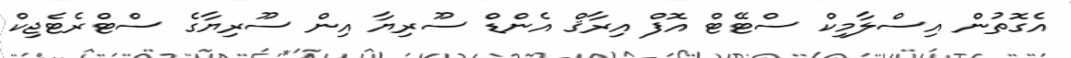
އެގޮތުން އިސްލާމިކް ސްޓޭޓް އޮފް އިރާޤް އެންޑް ސޫރިޔާ އިން ސޫރިޔާގެ ސްޓްރެޓެޖިކް